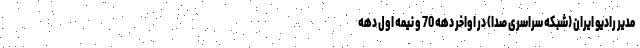
مدیر رادیو ایران (شبکه سراسری صدا) در اواخر دهه 70 و نیمه اول دهه